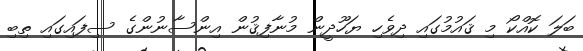
ބަލަ ކޮއްކޯ މި ޤައުމުގައި ދިވެހި ޔަހޫދީން މުނާފިޤުން އިންސާނުންގެ ސިފައިގައި ތިބި